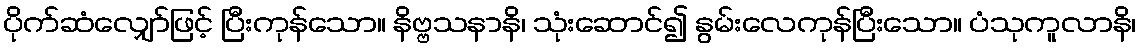
ပိုက်ဆံလျှော်ဖြင့် ပြီးကုန်သော။ နိဗ္ဗသနာနိ၊ သုံးဆောင်၍ နွမ်းလေကုန်ပြီးသော။ ပံသုကူလာနိ၊